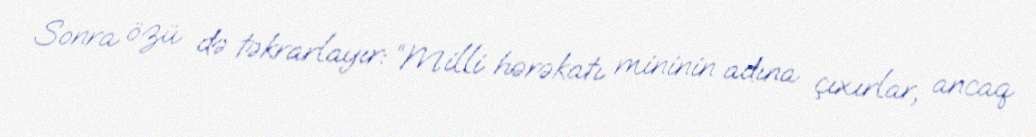
Sonra özü də təkrarlayır: “Milli hərəkatı mininin adına çıxırlar, ancaq